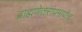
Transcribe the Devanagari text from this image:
ब्राह्मणेतरांप्रमाणेंच